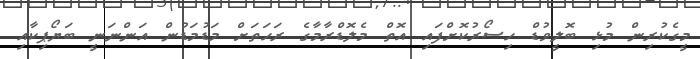
މީގެކުރިން މުޅި ބޮލީވުޑް ހިސޯރުކޮށްފައި އޮތް މެލޮޑްރާމާގެ ރަހަތަށް މަޑުމަޑުން އަންނަނީ ބަޔޯޕިކާއި